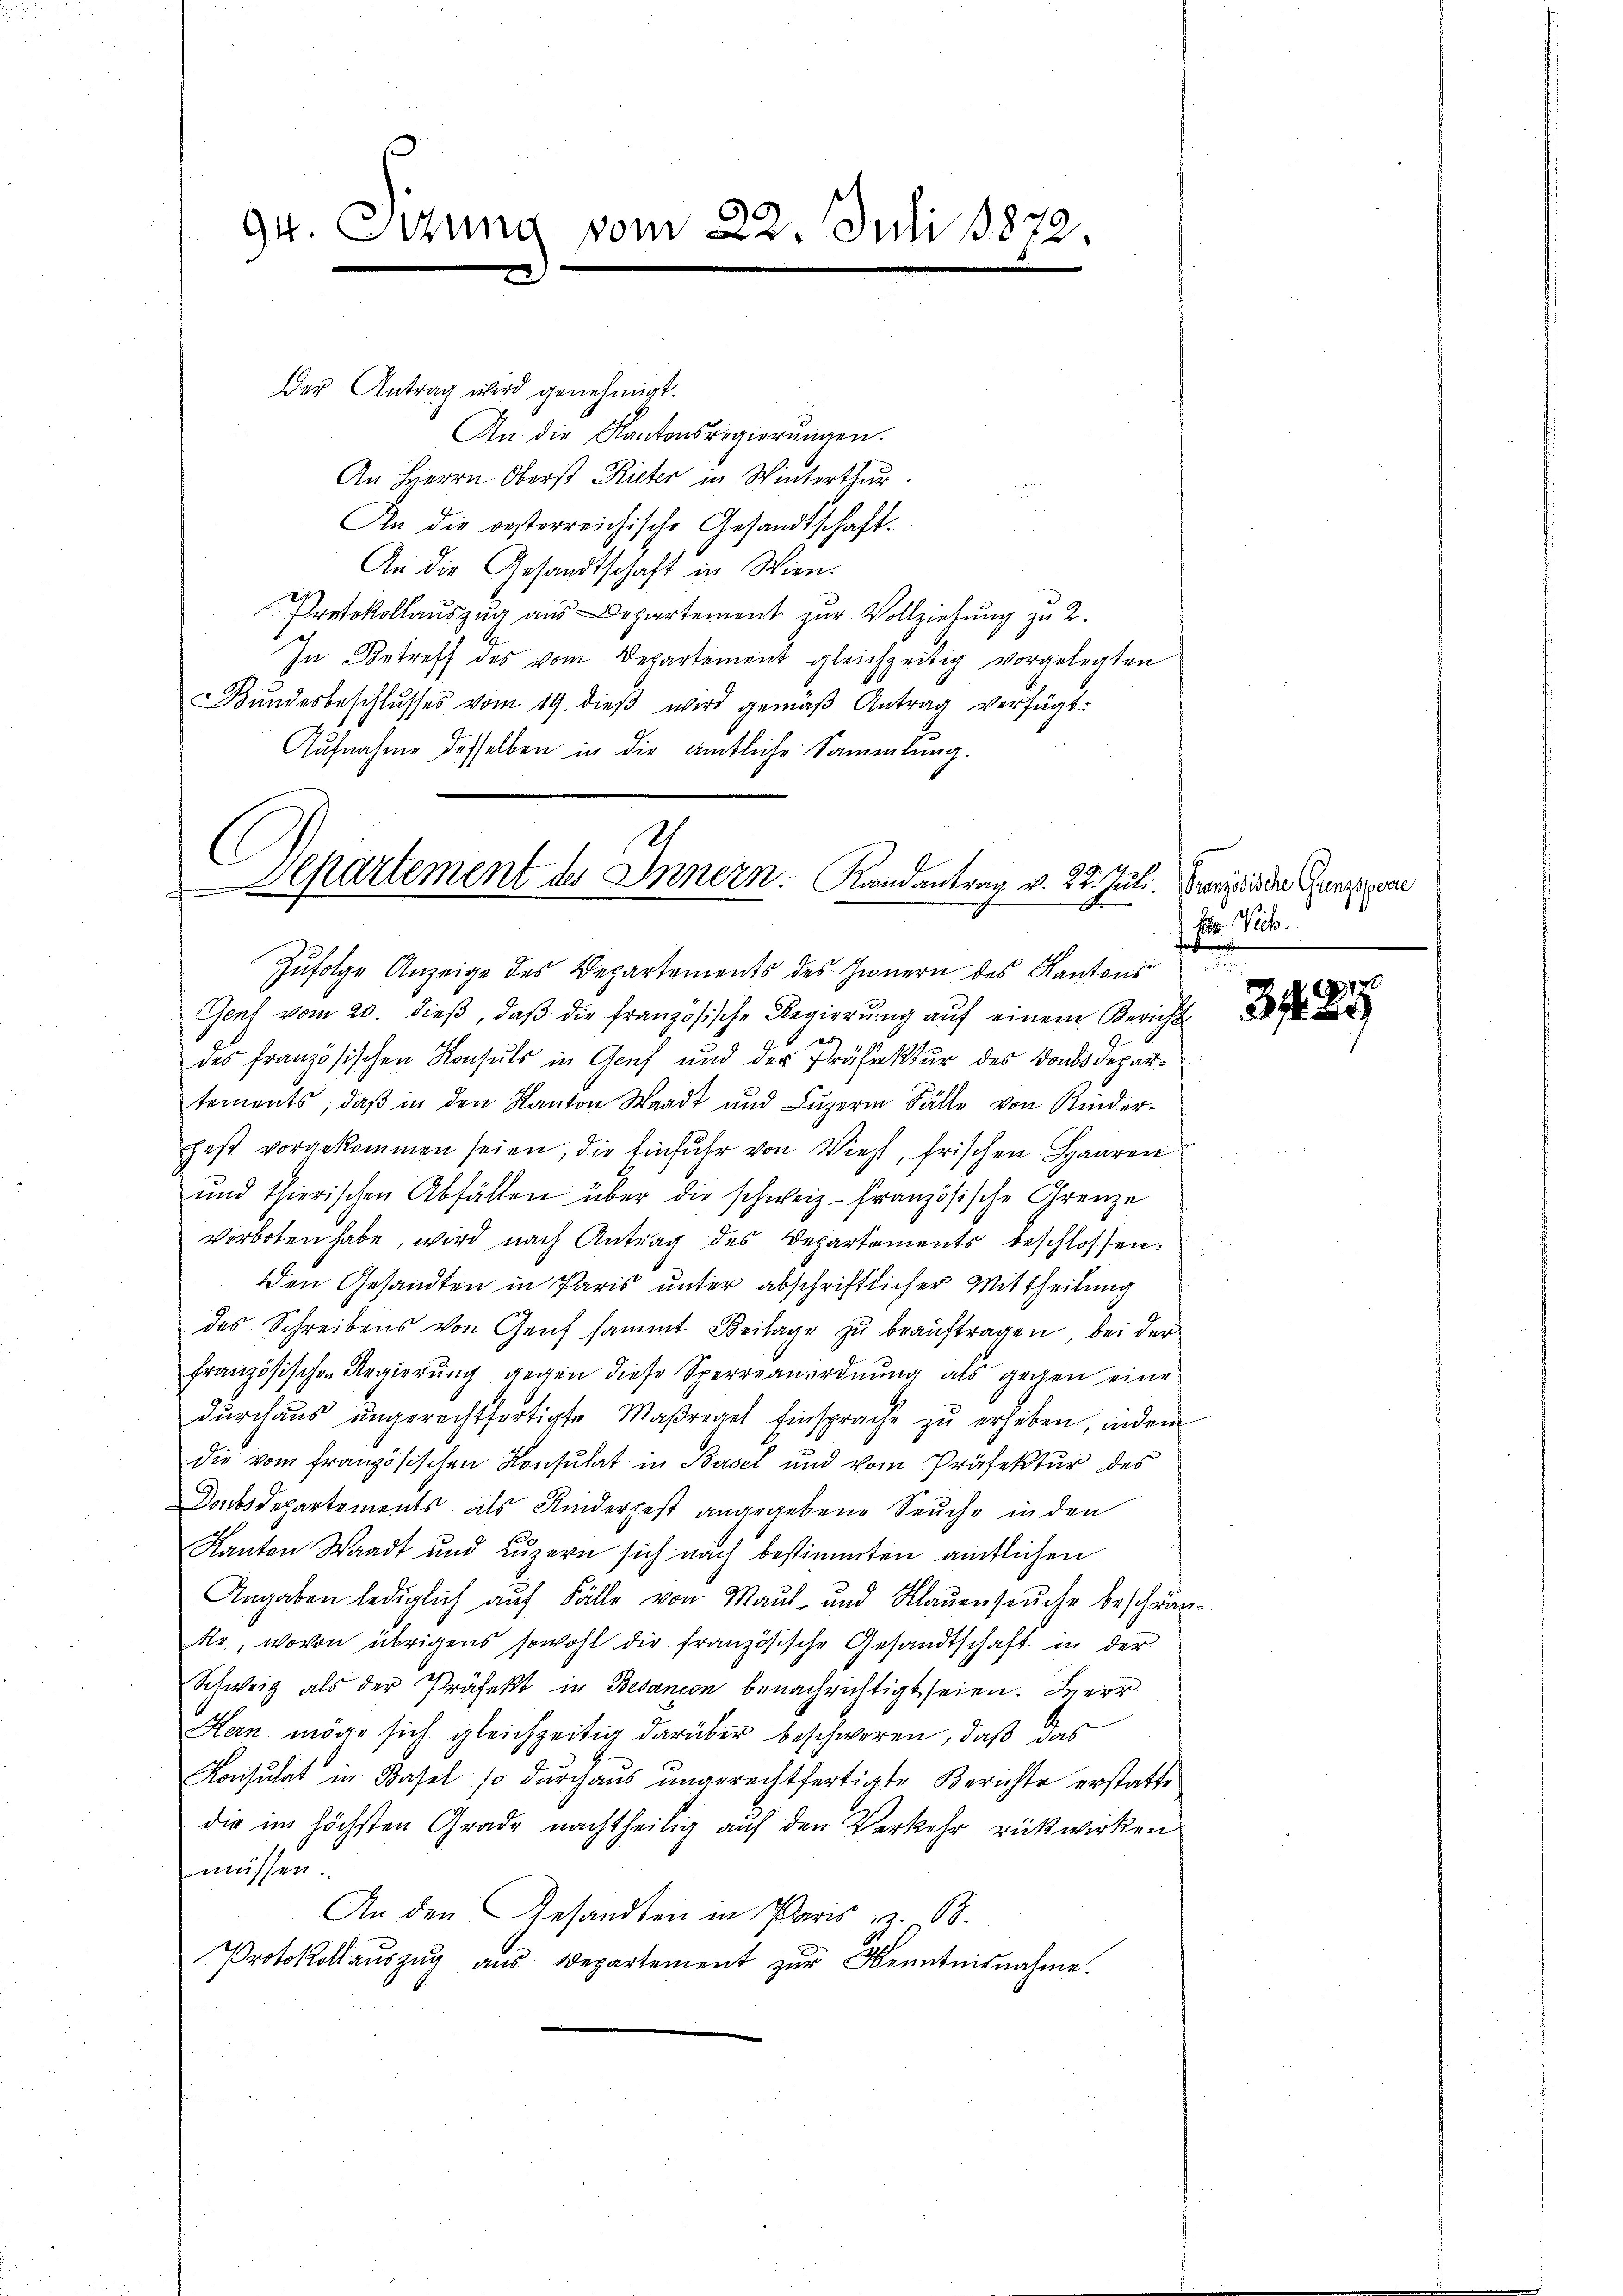
94. Errung vom 22. Juli 1872.

der Antrag wird genehmigt.
An die Kantonsregierŭngen.
An Herrn Oberst Ricker in Winterthur.
An die oesterreichische Gesandtschaft.
An die Gesandtschaft in Wien.
Protokollauszug aus Departement zur Vollziehung zu 2.
In Betreff des vom Departement gleichzeitig vorgelegten
Bŭndesbeschlŭsses vom 19. dieβ wird gemäß Antrag verfügt:
Aufnahme desselben in die amtliche Sammlung.

6
2
Separtement des Innern. Kandantrag v. 22. Juli. Preysiden Grenzigene

Zufolge Anzeige des Departements des Innern des Kantons

Genf vom 20. dieβ, daβ die französische Regierŭng aŭf einem Berichts-
des französischen Konsuls in Genf und der Präfektur des Doubs Departements, daβ in den Kanton Waadt und Luzern Fälle von Kinder-
hest vorgekommen seien, die Einfuhr von Vieh, frischen Haaren
und thierischen Abfällen über die schweiz. Französische Grenze
verboten habe, wird nach Antrag des Departements beschlossen.
Den Gesandten in Paris unter abschriftlicher Mittheilung
des Schreibens von Genf sammt Beilage zŭ beaŭftragen, bei der
französischen Regierung gegen diese Sperreanordnung als gegen eine
durchaus ungerechtfertigte Maßregel Einsprache zŭ erheben, indem
die vom französischen Konsulat in Basel und vom Präfektŭr des
Doubsdepartements als Kinderpest angegebene Seuche in den
Kanton Waadt und Luzern sich nach bestimmten amtlichen
Angaben lediglich auf Fälle von Maul- und Klauenseuche beschrän-
Rr., wovon übrigens sowohl die französische Gesandtschaft in der
Schweiz als der Präfekt in Bedanion benachrichtigt seien. Herr
Hern möge sich gleichzeitig darüber beschweren, daß das
Konsulat in Basel so durchaŭs ŭngerechtfertigte Berichte erstatte
die im höchsten Grade nachtheilig auf den Verkehr rückwirken
müssen.
An den Gesandten in Paris z. B.
Protokollaŭszŭg aŭs Departement zŭr Kenntnisnahme.

Fr. Vieh.

x
3729